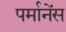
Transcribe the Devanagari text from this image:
पर्मानेंस